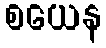
စယေန